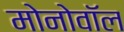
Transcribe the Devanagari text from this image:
मोनोवॉल